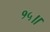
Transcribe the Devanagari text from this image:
१५॥